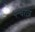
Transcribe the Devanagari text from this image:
पन्चरात्र